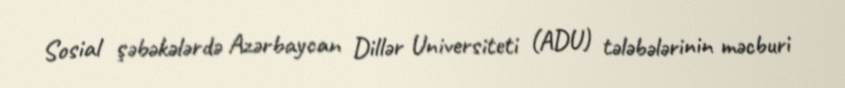
Sosial şəbəkələrdə Azərbaycan Dillər Universiteti (ADU) tələbələrinin məcburi